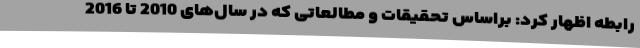
رابطه اظهار کرد: براساس تحقیقات و مطالعاتی که در سال‌های 2010 تا 2016